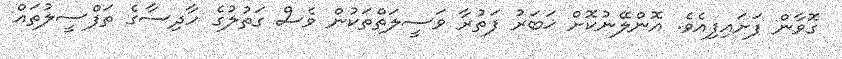
ގޮވާން ފަށައިފިއެވެ. އޮންލޭނުކޮށް ޚަބަރު ފަތުރާ ވަސީލަތްތަކުން ވެސް ގަތުލުގެ ހާދިސާގެ ތަފްސީލުތައް